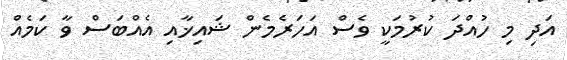
އަދި މި ހުއްދަ ކުރުމަކީ ވެސް އަހަރެމެން ޝައިޚާއި އެއްބަސް ވާ ކަމެއް